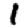
Digit: 1